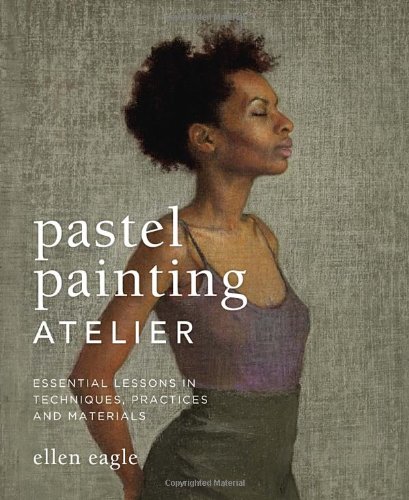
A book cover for Pastel Painting Atelier: Essential Lessons in Techniques, Practices, and Materials; Ellen Eagle; Arts & Photography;